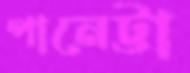
পানেট্টা